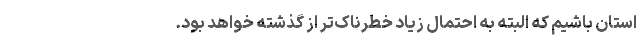
استان باشیم که البته به احتمال زیاد خطرناک‌تر از گذشته خواهد بود.